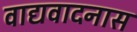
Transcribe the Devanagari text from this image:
वाद्यवादनास